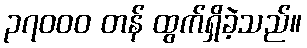
၃၇၀၀၀ တန် ထွက်ရှိခဲ့သည်။